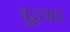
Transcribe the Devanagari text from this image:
बुद्धवाद